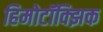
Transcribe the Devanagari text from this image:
हिमोटॉक्झिक